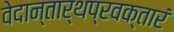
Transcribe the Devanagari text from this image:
वेदान्तार्थप्रवक्तारं